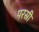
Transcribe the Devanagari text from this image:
परस्री